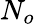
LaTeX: N_{o}